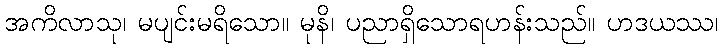
အကိလာသု၊ မပျင်းမရိသော။ မုနိ၊ ပညာရှိသောရဟန်းသည်။ ဟဒယဿ၊